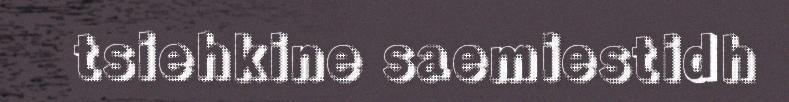
tsiehkine saemiestidh